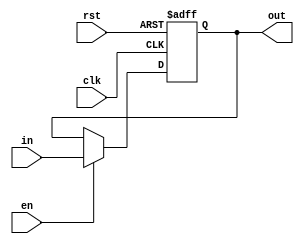
module Register(in, en, rst, clk, out);
    parameter N = 32;

    input [N-1:0] in;
    input en, clk, rst;

    output reg [N-1:0] out;

    always @(posedge clk or posedge rst) begin
        if(rst)
            out <= {N{1'b0}};
        else if(en)
            out <= in;
    end

endmodule

module RegFD(clk, rst, en, clr, instrF, PCF, 
                PCPlus4F, PCPlus4D,
                instrD, PCD);
    
    input clk, rst, clr, en;
    input [31:0] instrF, PCF, PCPlus4F;

    output reg [31:0] instrD, PCD, PCPlus4D;
    
    always @(posedge clk or posedge rst) begin
        
        if(rst || clr) begin
            instrD   <= 32'b0;
            PCD      <= 32'b0;
            PCPlus4D <= 3'b0;
        end 

        else if(en) begin
            instrD   <= instrF;
            PCD      <= PCF;
            PCPlus4D <= PCPlus4F;
        end
        
    end

endmodule

module RegDE(clk, rst, clr, regWriteD, resultSrcD, memWriteD, jumpD,
                branchD, ALUControlD, ALUSrcD, RD1D, RD2D, PCD,Rs1D,
                Rs2D,RdD, extImmD,PCPlus4D, luiD,
                regWriteE, ALUSrcE, memWriteE, jumpE, luiE,
                branchE, ALUControlE, resultSrcE, RD1E, RD2E, PCE,Rs1E,
                Rs2E,RdE, extImmE,PCPlus4E, UnsignedSigE, UnsignedSigD);

    input clk, rst, clr, ALUSrcD, luiD, regWriteD, memWriteD, UnsignedSigD;
    input [31:0] RD1D, RD2D, PCD;
    input [31:0] PCPlus4D, extImmD;
    input [4:0] Rs1D, Rs2D,RdD;
    input [2:0] ALUControlD;
    input [1:0] branchD, jumpD, resultSrcD;
    output reg ALUSrcE ,luiE, regWriteE, memWriteE, UnsignedSigE;
    output reg [31:0] RD1E, RD2E, PCE;
    output reg [31:0] PCPlus4E, extImmE;
    output reg [4:0] Rs1E, Rs2E,RdE;
    output reg [2:0] ALUControlE;
    output reg [1:0] branchE, jumpE, resultSrcE;
    
    always @(posedge clk or posedge rst) begin
        if (rst || clr) begin
            regWriteE <= 1'b0;
            memWriteE <= 1'b0;
            ALUControlE <= 3'b000;
            RD1E <= 32'b0;
            RD2E <= 32'b0;
            PCE <= 32'b0;
            PCPlus4E <= 32'b0;
            extImmE <= 32'b0;
            Rs1E <= 5'b0;
            Rs2E <= 5'b0;
            RdE <= 5'b0;
            branchE <= 2'b0;
            jumpE <= 2'b0;
            ALUSrcE <= 1'b0;
            resultSrcE <= 2'b00;
            luiE <= 1'b0;
            UnsignedSigE <= 1'b0;
        end
        else begin
            regWriteE <= regWriteD;
            memWriteE <= memWriteD;
            ALUControlE <= ALUControlD;
            RD1E <= RD1D;
            RD2E <= RD2D;
            PCE <= PCD;
            PCPlus4E <= PCPlus4D;
            extImmE <= extImmD;
            Rs1E <= Rs1D;
            Rs2E <= Rs2D;
            RdE <= RdD;
            branchE <= branchD;
            jumpE <= jumpD;
            ALUSrcE <= ALUSrcD;
            resultSrcE <= resultSrcD;
            luiE <= luiD;
            UnsignedSigE <= UnsignedSigD;
        end
    end

endmodule

module RegEM(clk, rst, regWriteE, resultSrcE, memWriteE,
                 ALUResultE, writeDataE, RdE, PCPlus4E, luiE, extImmE,
                 regWriteM, resultSrcM, memWriteM, ALUResultM,
                 writeDataM, RdM, PCPlus4M, luiM,extImmM);

    input clk, rst, memWriteE, regWriteE, luiE;
    input [1:0] resultSrcE;
    input [4:0] RdE;
    input [31:0] ALUResultE, writeDataE, PCPlus4E, extImmE;
    
    output reg  memWriteM, regWriteM , luiM;
    output reg [1:0] resultSrcM;
    output reg [4:0] RdM;
    output reg [31:0] ALUResultM, writeDataM, PCPlus4M, extImmM;

    always @(posedge clk or posedge rst) begin

        if (rst) begin
            ALUResultM <= 32'b0;
            writeDataM <= 32'b0;
            PCPlus4M   <= 32'b0;
            extImmM    <= 32'b0;
            RdM        <= 5'b0;
            memWriteM  <= 1'b0;
            regWriteM  <= 1'b0;
            resultSrcM <= 2'b0;
            luiM       <= 1'b0;
        end 
        
        else begin
            ALUResultM <= ALUResultE;
            writeDataM <= writeDataE;
            PCPlus4M   <= PCPlus4E;
            RdM        <= RdE;
            memWriteM  <= memWriteE;
            regWriteM  <= regWriteE;
            resultSrcM <= resultSrcE;
            luiM       <= luiE;
            extImmM    <= extImmE;
        end

    end

endmodule

module RegMW(clk, rst, regWriteM, resultSrcM,
                 ALUResultM, RDM, RdM, PCPlus4M,
                extImmM, extImmW, regWriteW, resultSrcW,
                ALUResultW, RDW, RdW, PCPlus4W);
    
    input clk, rst, regWriteM;
    input [1:0] resultSrcM;
    input [4:0] RdM;
    input [31:0] ALUResultM, RDM, PCPlus4M, extImmM;

    output reg regWriteW;
    output reg [1:0] resultSrcW;
    output reg [4:0] RdW;
    output reg [31:0] ALUResultW, RDW, PCPlus4W, extImmW;

    always @(posedge clk or posedge rst) begin
        
        if (rst) begin
            regWriteW  <= 32'b0;
            ALUResultW <= 32'b0;
            PCPlus4W   <= 32'b0;
            RDW        <= 32'b0;
            RdW        <= 5'b0;
            resultSrcW <= 2'b0;
            extImmW    <= 32'b0;
        end 
        
        else begin
            regWriteW  <= regWriteM; 
            ALUResultW <= ALUResultM;
            PCPlus4W   <= PCPlus4M;
            RDW        <= RDM;
            RdW        <= RdM;
            resultSrcW <= resultSrcM;
            extImmW    <= extImmM;
        end
        
    end

endmodule